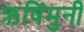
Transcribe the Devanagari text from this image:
ऋषिंमुनी